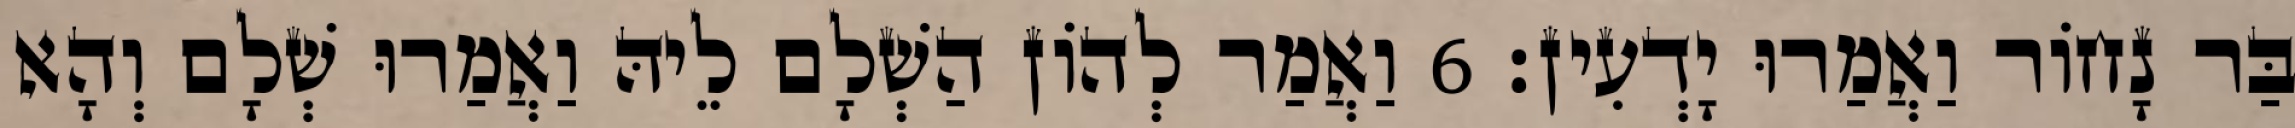
בַּר נָחוֹר וַאֲמַרוּ יָדְעִין׃ 6 וַאֲמַר לְהוֹן הַשְׁלָם לֵיהּ וַאֲמַרוּ שְׁלָם וְהָא